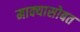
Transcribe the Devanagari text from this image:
माक्यासोबत